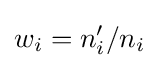
w_{i}=n_{i}'/n_{i}